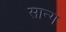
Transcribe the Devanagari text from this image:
सान्ग